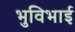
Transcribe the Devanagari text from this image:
भुविभाई